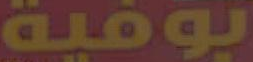
بوفية